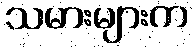
သမားများက